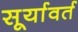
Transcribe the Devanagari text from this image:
सूर्यावर्त